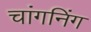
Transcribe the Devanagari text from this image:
चांगनिंग